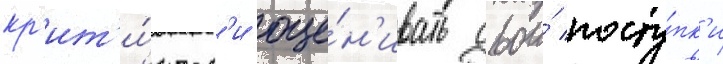
кр'ит'и́ческ'и оце́н'ивать свои́ посту́пк'и